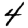
Digit: 4